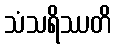
သံသရိဿတိ